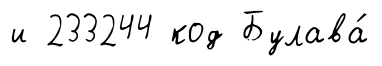
и 233244 код Булава́